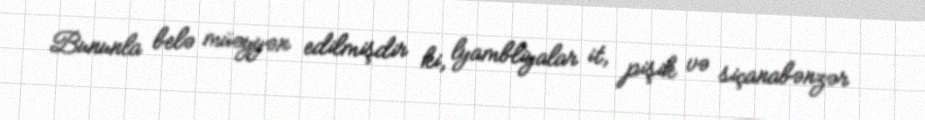
Bununla belə müəyyən edilmişdir ki, lyambliyalar it, pişik və siçanabənzər